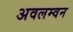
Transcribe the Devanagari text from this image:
अवलम्वन